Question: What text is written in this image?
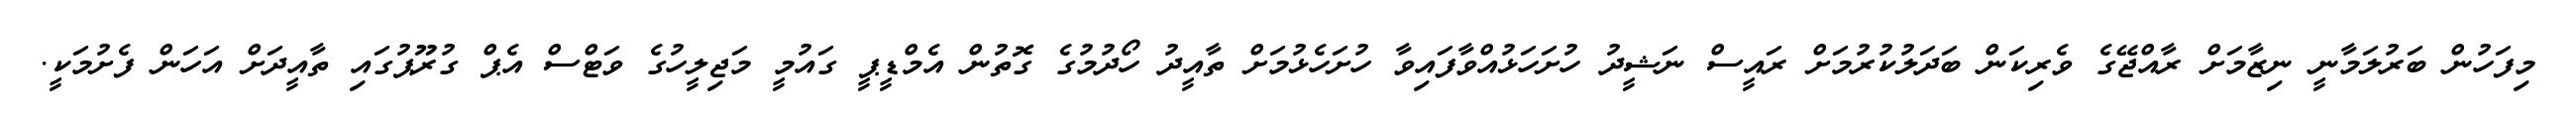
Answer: މިފަހުން ބަރުލަމާނީ ނިޒާމަށް ރާއްޖޭގެ ވެރިކަން ބަދަލުކުރުމަށް ރައީސް ނަޝީދު ހުށަހަޅުއްވާފައިވާ ހުށަހެޅުމަށް ތާއީދު ހޯދުމުގެ ގޮތުން އެމްޑީޕީ ގައުމީ މަޖިލީހުގެ ވަޓްސް އެޕް ގުރޫޕުގައި ތާއީދަށް އަހަން ފެށުމަކީ.